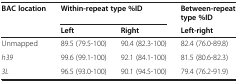
| <ROWSPAN=2> BAC location | <COLSPAN=2> Within-repeat type %ID | Between-repeat type %ID |
 | Left | Right | Left-right |
 | --- | --- | --- | --- |
 | Unmapped | 89.5 (79.5-100) | 90.4 (82.3-100) | 82.4 (76.0-89.8) |
 | h39 | 99.6 (99.1-100) | 92.1 (84.1-100) | 81.5 (80.6-82.3) |
 | 3L | 96.5 (93.0-100) | 90.1 (94.5-100) | 79.4 (76.2-91.9) |